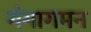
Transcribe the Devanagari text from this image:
गंगागमन